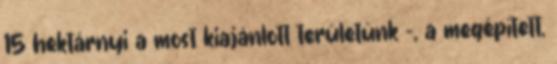
15 hektárnyi a most kiajánlott területünk –, a megépített,